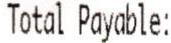
TOTAL PAYABLE: